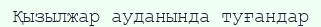
Қызылжар ауданында туғандар